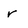
Character: r